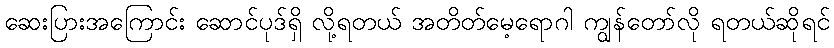
ဆေးပြားအကြောင်း ဆောင်ပုဒ်ရှိ လို့ရတယ် အတိတ်မေ့ရောဂါ ကျွန်တော်လို ရတယ်ဆိုရင်